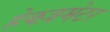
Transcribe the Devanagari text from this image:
हेक्ज़मेटर